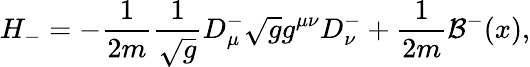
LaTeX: H_{-}=-\frac{1}{2m}\frac{1}{\sqrt{g}}D_{\mu}^{-}\sqrt{g}g^{\mu\nu}D_{\nu}^{-}+\frac{1}{2m}{\mathcal{B}}^{-}(x),